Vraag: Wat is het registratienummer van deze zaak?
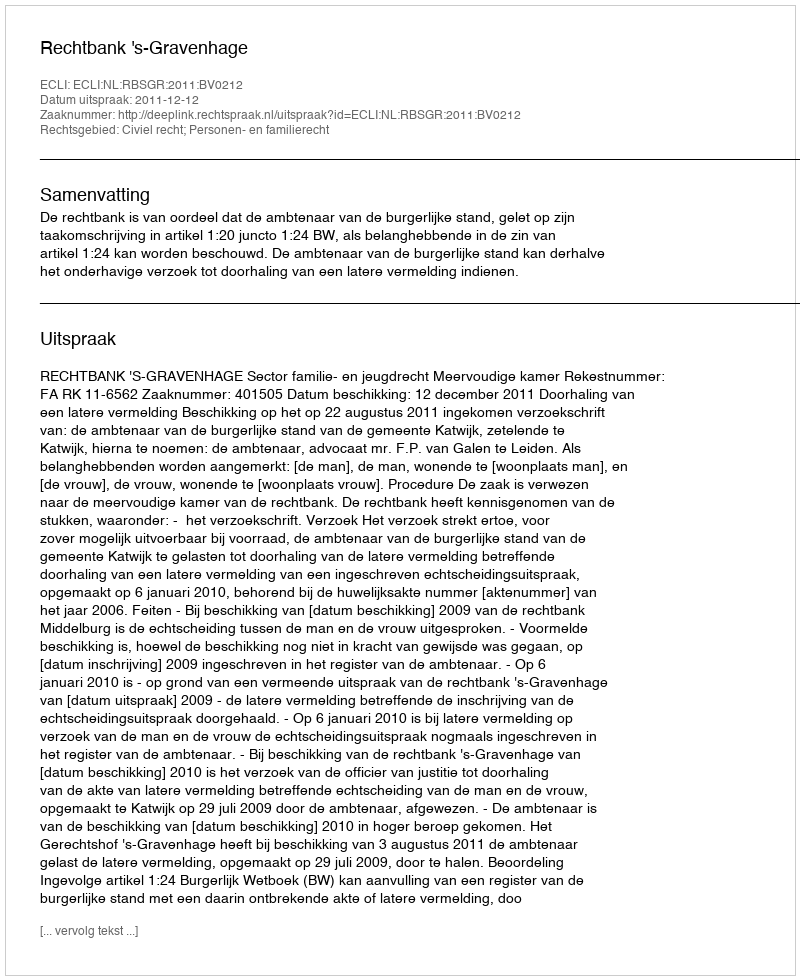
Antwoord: http://deeplink.rechtspraak.nl/uitspraak?id=ECLI:NL:RBSGR:2011:BV0212